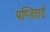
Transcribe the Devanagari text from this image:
पण्डिताई